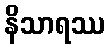
နိသာရဿ